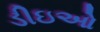
ડીઇઓ